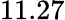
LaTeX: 11.27